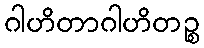
ဂါဟိတာဂါဟိတဉ္စ